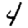
Digit: 4